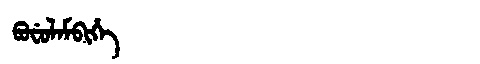
Manchu: ᠪᠣᠸᡠᠯᠠᠮᠪᡳᡥᡝ
Romanization: BOFULAMBIHE